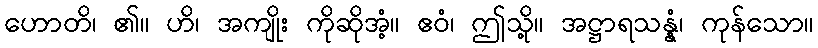
ဟောတိ၊ ၏။ ဟိ၊ အကျိုး ကိုဆိုအံ့။ ဧဝံ၊ ဤသို့။ အဋ္ဌာရသန္နံ၊ ကုန်သော။